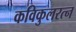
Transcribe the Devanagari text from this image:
कविकुलरत्न